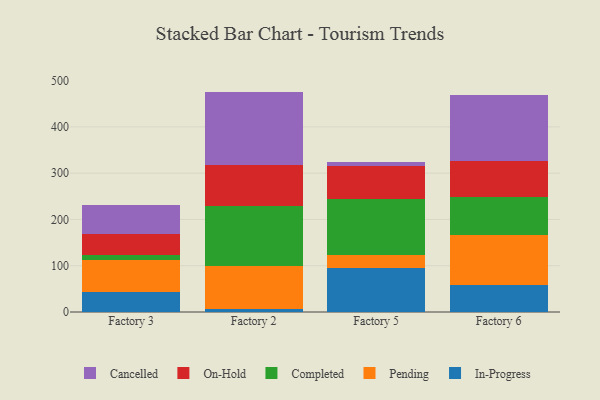
{"axis": {"x": "Factory", "y": "Customer Acquisition Cost (USD)"}, "legend": ["Cancelled", "Completed", "In-Progress", "On-Hold", "Pending"], "data": [{"x": "Factory 3", "y": 44.2, "type": "In-Progress"}, {"x": "Factory 3", "y": 67.7, "type": "Pending"}, {"x": "Factory 3", "y": 10.7, "type": "Completed"}, {"x": "Factory 3", "y": 45.1, "type": "On-Hold"}, {"x": "Factory 3", "y": 62.8, "type": "Cancelled"}, {"x": "Factory 2", "y": 7.3, "type": "In-Progress"}, {"x": "Factory 2", "y": 91.4, "type": "Pending"}, {"x": "Factory 2", "y": 129.6, "type": "Completed"}, {"x": "Factory 2", "y": 90.3, "type": "On-Hold"}, {"x": "Factory 2", "y": 157.7, "type": "Cancelled"}, {"x": "Factory 5", "y": 96.0, "type": "In-Progress"}, {"x": "Factory 5", "y": 26.5, "type": "Pending"}, {"x": "Factory 5", "y": 122.3, "type": "Completed"}, {"x": "Factory 5", "y": 69.9, "type": "On-Hold"}, {"x": "Factory 5", "y": 10.4, "type": "Cancelled"}, {"x": "Factory 6", "y": 58.8, "type": "In-Progress"}, {"x": "Factory 6", "y": 108.4, "type": "Pending"}, {"x": "Factory 6", "y": 81.6, "type": "Completed"}, {"x": "Factory 6", "y": 77.0, "type": "On-Hold"}, {"x": "Factory 6", "y": 143.5, "type": "Cancelled"}]}